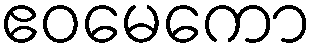
ဧဝမေကော